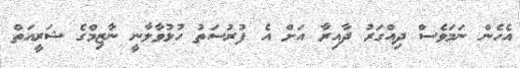
އެހެން ނަމަވެސް ދިއްގަރު ދާއިރާ އަށް އެ ފުރުސަތު ހުޅުވާލާނީ ނާޒިމްގެ ޝަރީއަތް